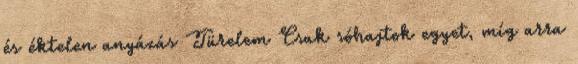
és éktelen anyázás Türelem Csak sóhajtok egyet, míg arra